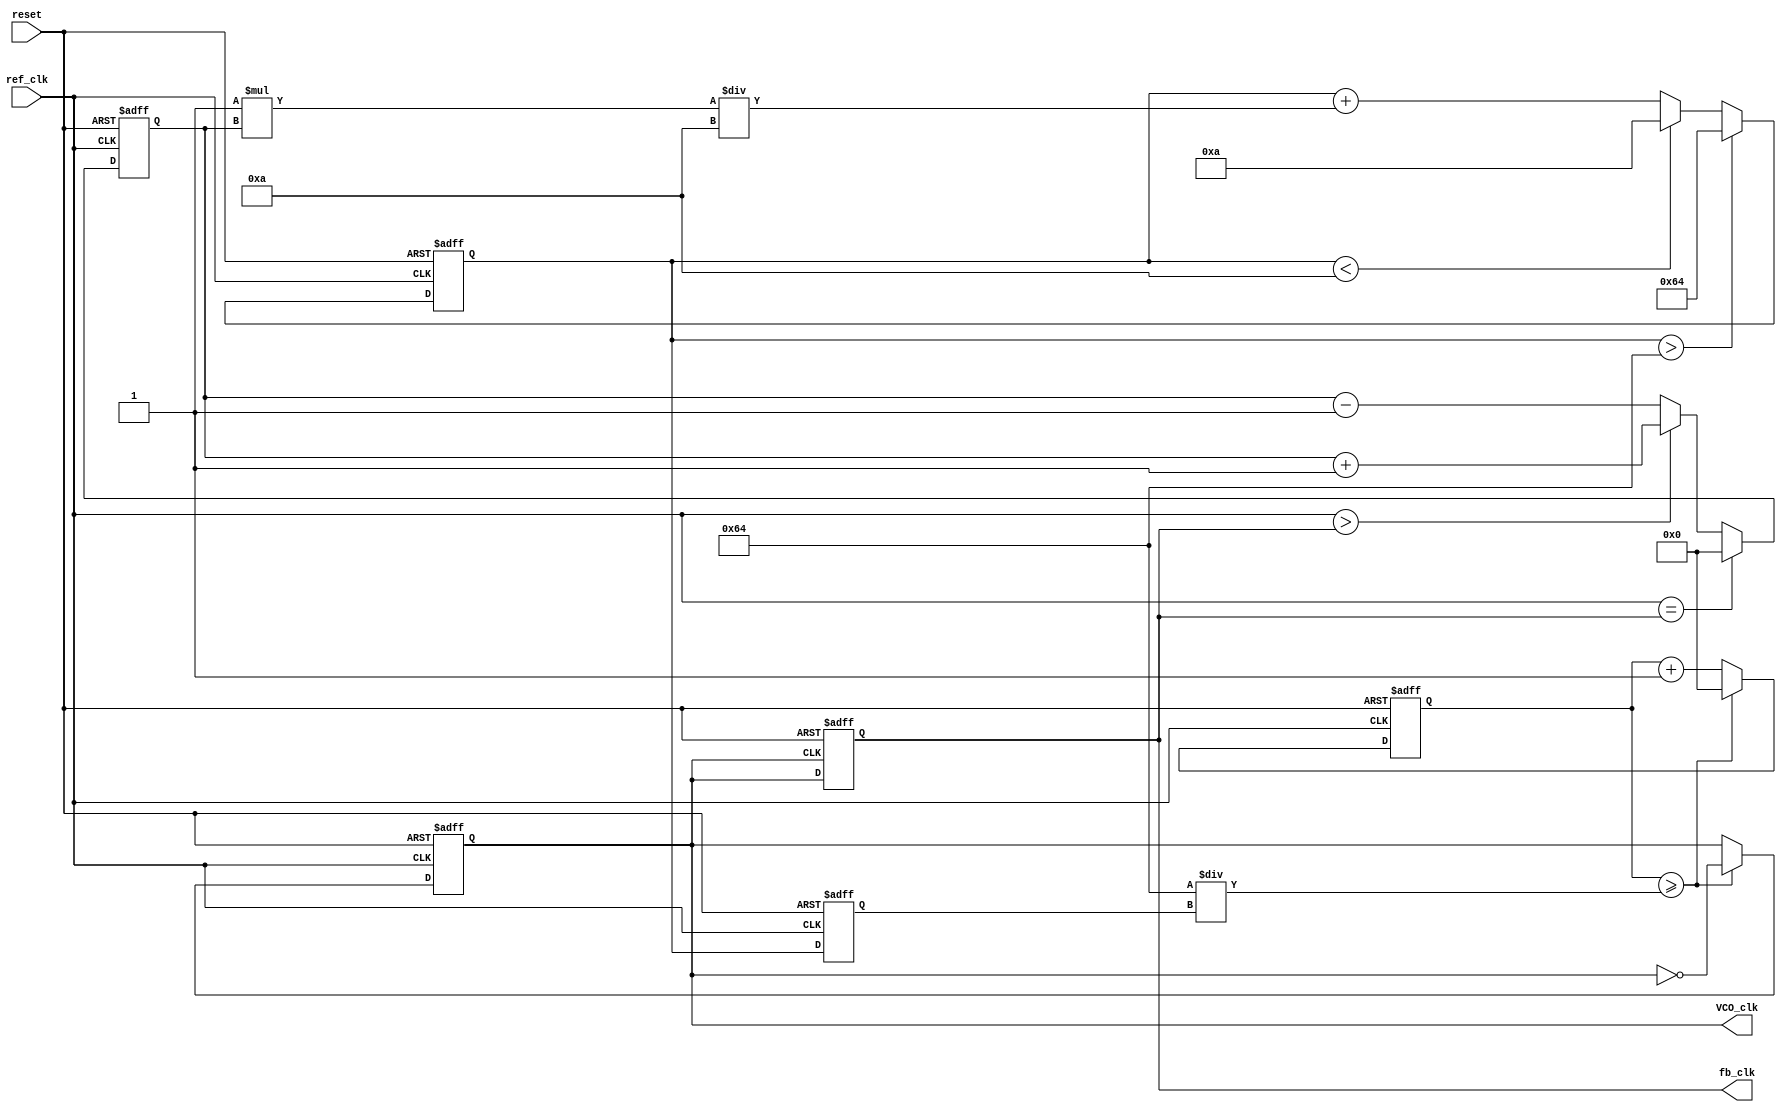
module DPLL (
    input wire ref_clk,        // Reference clock input
    input wire reset,         // Asynchronous reset
    output reg VCO_clk,       // Output clock from VCO
    output reg fb_clk         // Feedback clock
);

    // Parameters for the VCO and Loop Filter
    parameter VCO_MAX_FREQ = 100; // Maximum frequency for VCO
    parameter VCO_MIN_FREQ = 10;   // Minimum frequency for VCO
    parameter LF_GAIN = 1;          // Gain for Loop Filter
    parameter LF_TIME_CONSTANT = 10; // Time constant for Loop Filter

    // Internal signals
    reg [31:0] phase_error;        // Phase error signal
    reg [31:0] Vctrl;              // Control voltage
    reg [31:0] VCO_freq;           // Frequency of VCO
    reg [31:0] feedback_divider;   // Feedback divider value
    reg [31:0] counter;            // Counter for VCO clock generation

    // Phase Detector (PD)
    always @(posedge ref_clk or posedge reset) begin
        if (reset) begin
            phase_error <= 0;
        end else begin
            // Simple phase comparison logic
            if (ref_clk == fb_clk) begin
                phase_error <= 0; // In phase
            end else if (ref_clk > fb_clk) begin
                phase_error <= phase_error + 1; // Positive error
            end else begin
                phase_error <= phase_error - 1; // Negative error
            end
        end
    end

    // Loop Filter (LF)
    always @(posedge ref_clk or posedge reset) begin
        if (reset) begin
            Vctrl <= 0;
        end else begin
            // PI Filter implementation
            Vctrl <= Vctrl + (LF_GAIN * phase_error) / LF_TIME_CONSTANT;
            // Clamp control voltage to VCO limits
            if (Vctrl > VCO_MAX_FREQ) begin
                Vctrl <= VCO_MAX_FREQ;
            end else if (Vctrl < VCO_MIN_FREQ) begin
                Vctrl <= VCO_MIN_FREQ;
            end
        end
    end

    // Voltage-Controlled Oscillator (VCO)
    always @(posedge ref_clk or posedge reset) begin
        if (reset) begin
            VCO_freq <= VCO_MIN_FREQ; // Start at minimum frequency
            counter <= 0;
            VCO_clk <= 0;
        end else begin
            // Adjust VCO frequency based on control voltage
            VCO_freq <= Vctrl;

            // Generate VCO clock based on VCO frequency
            counter <= counter + 1;
            if (counter >= (100 / VCO_freq)) begin // Adjust clock period
                VCO_clk <= ~VCO_clk;
                counter <= 0;
            end
        end
    end

    // Feedback Path
    always @(posedge VCO_clk or posedge reset) begin
        if (reset) begin
            fb_clk <= 0;
        end else begin
            // Simple feedback mechanism
            fb_clk <= VCO_clk; // Direct feedback for simplicity
            // Optional: Implement a frequency divider if necessary
            // fb_clk <= VCO_clk / feedback_divider; // Uncomment for divider
        end
    end

endmodule